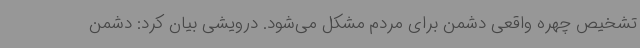
تشخیص چهره واقعی دشمن برای مردم مشکل می‌شود. درویشی بیان کرد: دشمن